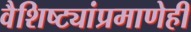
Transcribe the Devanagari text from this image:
वैशिष्ट्यांप्रमाणेही